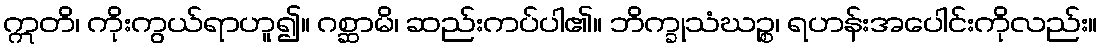
ဣတိ၊ ကိုးကွယ်ရာဟူ၍။ ဂစ္ဆာမိ၊ ဆည်းကပ်ပါ၏။ ဘိက္ခုသံဃဉ္စ၊ ရဟန်းအပေါင်းကိုလည်း။